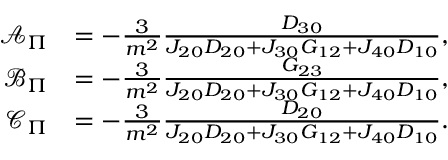
\begin{array} { r l } { \mathcal { A } _ { \Pi } } & { = - \frac { 3 } { m ^ { 2 } } \frac { D _ { 3 0 } } { J _ { 2 0 } D _ { 2 0 } + J _ { 3 0 } G _ { 1 2 } + J _ { 4 0 } D _ { 1 0 } } , } \\ { \mathcal { B } _ { \Pi } } & { = - \frac { 3 } { m ^ { 2 } } \frac { G _ { 2 3 } } { J _ { 2 0 } D _ { 2 0 } + J _ { 3 0 } G _ { 1 2 } + J _ { 4 0 } D _ { 1 0 } } , } \\ { \mathcal { C } _ { \Pi } } & { = - \frac { 3 } { m ^ { 2 } } \frac { D _ { 2 0 } } { J _ { 2 0 } D _ { 2 0 } + J _ { 3 0 } G _ { 1 2 } + J _ { 4 0 } D _ { 1 0 } } . } \end{array}